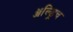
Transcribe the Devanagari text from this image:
ॲल्ड्रिच